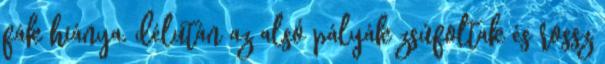
fák hiánya, délután az alsó pályák zsúfoltak és rossz